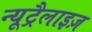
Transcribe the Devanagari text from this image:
न्यूट्रैलाइज़